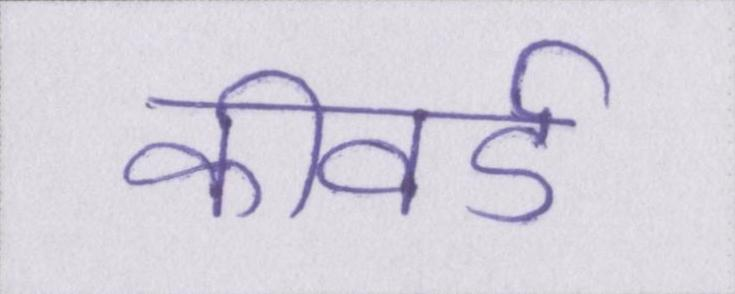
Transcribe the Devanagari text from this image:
कीवर्ड